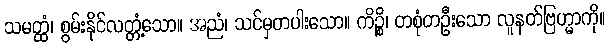
သမတ္ထံ၊ စွမ်းနိုင်လတ္တံ့သော။ အညံ၊ သင်မှတပါးသော။ ကိဉ္စိ၊ တစုံတဦးသော လူနတ်ဗြဟ္မာကို။